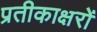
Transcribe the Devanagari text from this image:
प्रतीकाक्षरों